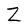
Character: Z